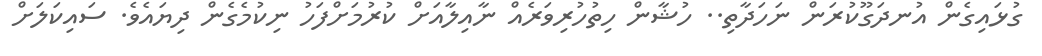
ގުޅައިގެން އުނދަގޫކުރަން ނަހަދާތި.. ހުޝާން ހިތުހުރިވަރެއް ނާއިލާއަށް ކުރުމަށްފަހު ނިކުމެގެން ދިޔައެވެ. ސައިކަލަށް